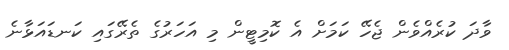
ވާދަ ކުރެއްވެން ޖެހޭ ކަމަށް އެ ކޮމިޓީން މި އަހަރުގެ ތެރޭގައި ކަނޑައަޅާނެ